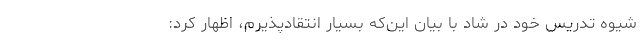
شیوه تدریس خود در شاد با بیان این‌که بسیار انتقادپذیرم، اظهار کرد: